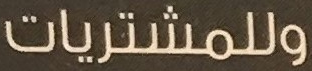
وللمشتريات